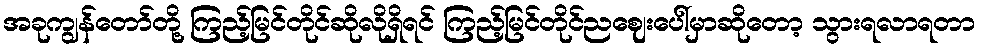
အခုကျွန်တော်တို့ ကြည့်မြင်တိုင်ဆိုလိုရှိရင် ကြည့်မြင်တိုင်ညဈေးပေါ်မှာဆိုတော့ သွားရလာရတာ